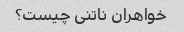
خواهران ناتنی چیست؟